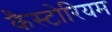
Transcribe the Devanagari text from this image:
कैस्टोरियम